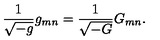
{ \frac { 1 } { \sqrt { - g } } } g _ { m n } = { \frac { 1 } { \sqrt { - G } } } G _ { m n } .